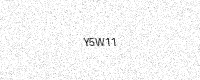
Text: Y5W11